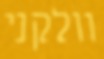
וולקני